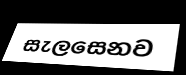
සැලසෙනව